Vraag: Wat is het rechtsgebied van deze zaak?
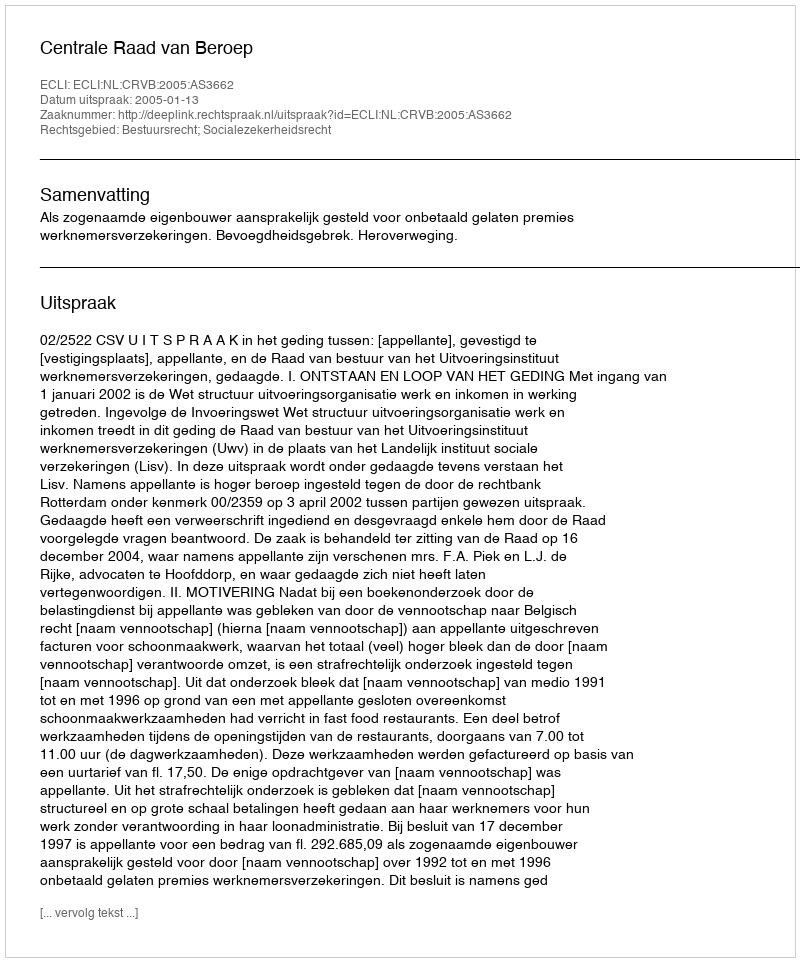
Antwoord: Bestuursrecht; Socialezekerheidsrecht